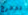
تدحرج